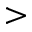
>